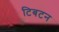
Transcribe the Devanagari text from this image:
टिबटन